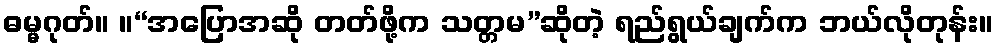
ဓမ္မဂုတ်။ ။“အပြောအဆို တတ်ဖို့က သတ္တမ”ဆိုတဲ့ ရည်ရွယ်ချက်က ဘယ်လိုတုန်း။